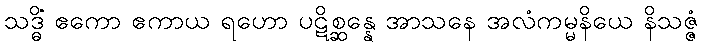
သဒ္ဓိံ ဧကော ဧကာယ ရဟော ပဋိစ္ဆန္နေ အာသနေ အလံကမ္မနိယေ နိသဇ္ဇံ